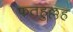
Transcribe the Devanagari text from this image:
फतहुल्लह